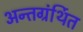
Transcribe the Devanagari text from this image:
अन्‍तग्रंर्थित